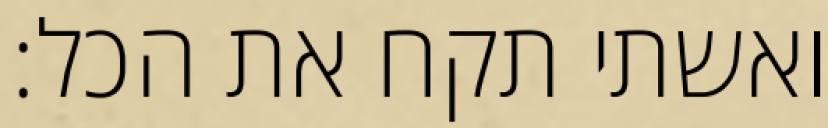
ואשתי תקח את הכל: